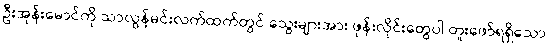
ဦးအုန်းမောင်ကို သာလွန်မင်းလက်ထက်တွင် သွေးများအား ဖုန်းလိုင်းတွေပါ တူးဖော်ရရှိသော